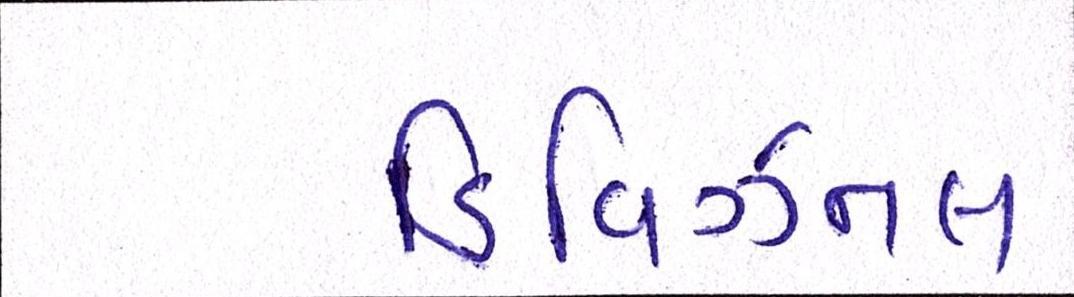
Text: ડિવિઝનલ